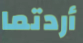
أردتما